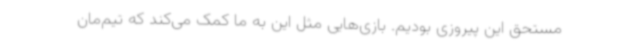
مستحق این پیروزی بودیم. بازی‌هایی مثل این به ما کمک می‌کند که تیم‌مان